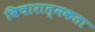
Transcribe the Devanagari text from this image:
विचारात्मकता